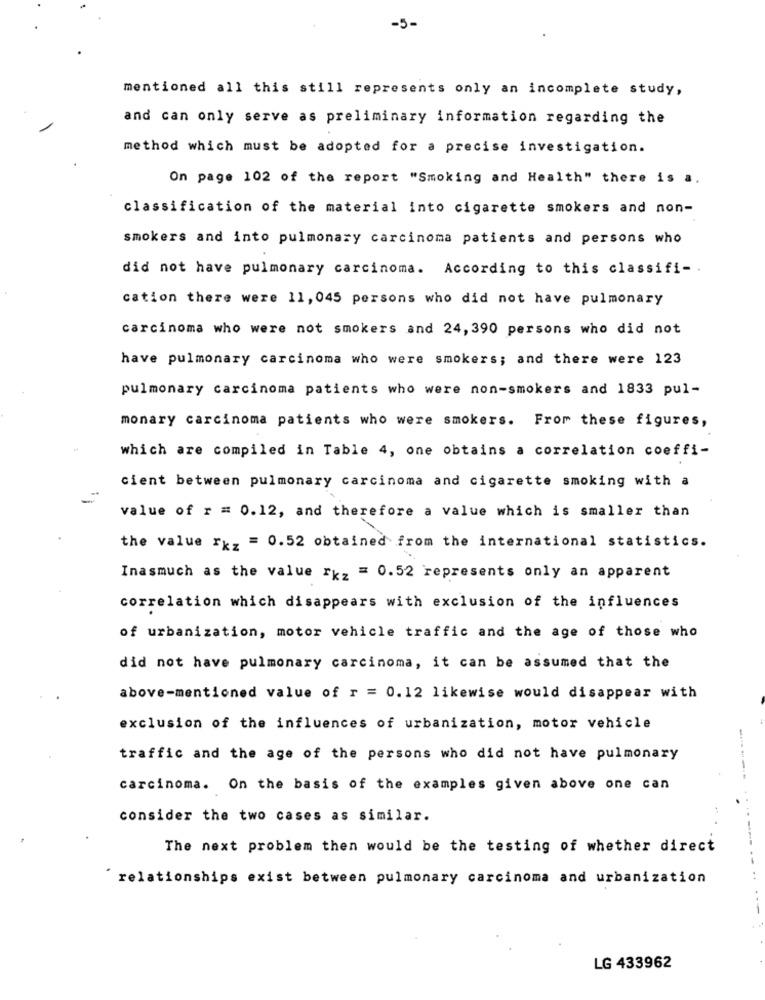
-5-
mentioned all this still represents only an incomplete study,
and can only serve as preliminary information regarding the
method which must be adopted for a precise investigation.
On page 102 of the report "Smoking and Health" there is a.
classification of the material into cigarette smokers and non-
smokers and into pulmonary carcinoma patients and persons who
did not have pulmonary carcinoma. According to this classifi -.
cation there were 11, 045 persons who did not have pulmonary
carcinoma who were not smokers and 24, 390 persons who did not
have pulmonary carcinoma who were smokers; and there were 123
pulmonary carcinoma patients who were non-smokers and 1833 pul-
monary carcinoma patients who were smokers. From these figures,
which are compiled in Table 4, one obtains a correlation coeffi-
cient between pulmonary carcinoma and cigarette smoking with a
value of r = 0.12, and therefore a value which is smaller than
the value rxz = 0.52 obtained from the international statistics.
Inasmuch as the value rkz = 0.52 represents only an apparent
correlation which disappears with exclusion of the influences
of urbanization, motor vehicle traffic and the age of those who
did not have pulmonary carcinoma, it can be assumed that the
above-mentioned value of r = 0.12 likewise would disappear with
exclusion of the influences of urbanization, motor vehicle
traffic and the age of the persons who did not have pulmonary
carcinoma. On the basis of the examples given above one can
consider the two cases as similar.
The next problem then would be the testing of whether direct
`relationships exist between pulmonary carcinoma and urbanization
..
-
LG 433962